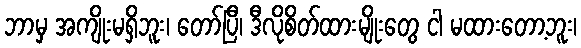
ဘာမှ အကျိုးမရှိဘူး၊ တော်ပြီ၊ ဒီလိုစိတ်ထားမျိုးတွေ ငါ မထားတော့ဘူး၊